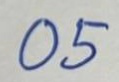
05